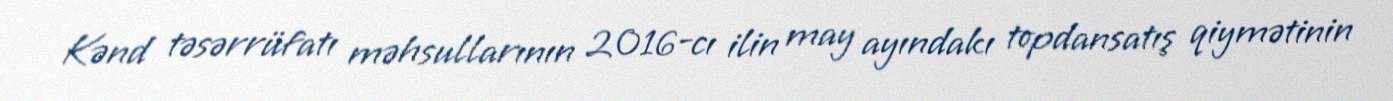
Kənd təsərrüfatı məhsullarının 2016-cı ilin may ayındakı topdansatış qiymətinin